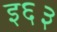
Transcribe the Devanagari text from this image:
इ६३